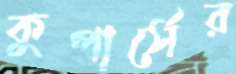
কুপার্সের